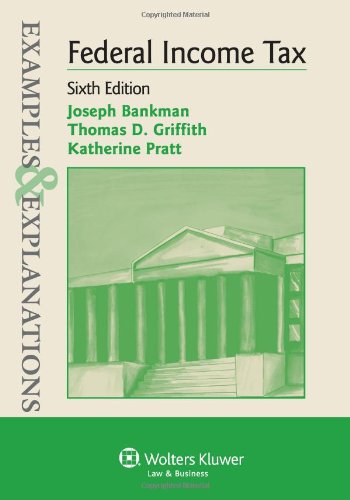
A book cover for Examples & Explanations: Federal Income Taxation, 6th Edition; Joseph Bankman; Law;